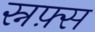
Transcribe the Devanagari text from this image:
स्नफ़्स